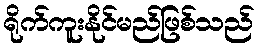
ရိုက်ကူးနိုင်မည်ဖြစ်သည်